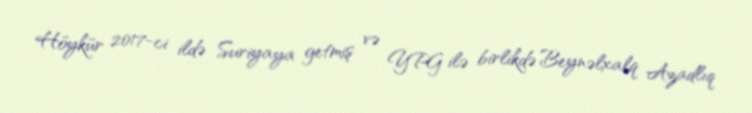
Höykür 2017-ci ildə Suriyaya getmiş və YPG ilə birlikdə Beynəlxalq Azadlıq